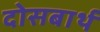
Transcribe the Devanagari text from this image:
दोसबार्थ